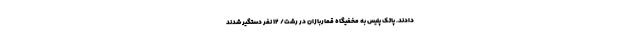
دادند. پاتک پلیس به مخفیگاه قماربازان در رشت/ ۱۲ نفر دستگیر شدند